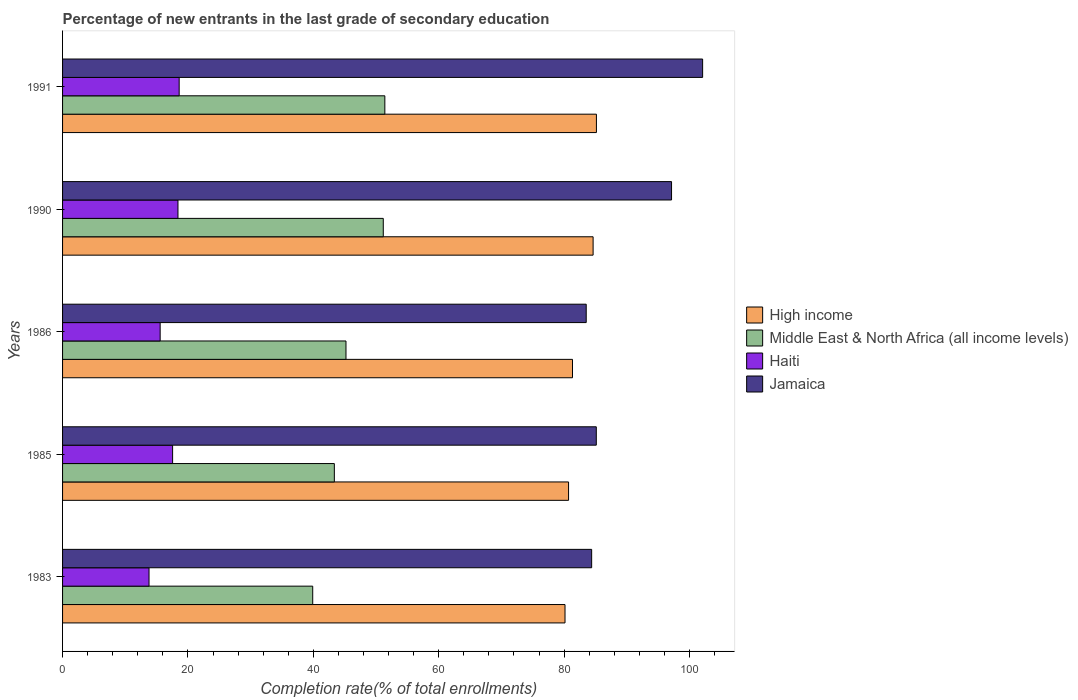
| Years | High income | Middle East & North Africa (all income levels) | Haiti | Jamaica |
 | --- | --- | --- | --- | --- |
 | 1983 | 80.1 | 39.9 | 13.8 | 84.4 |
 | 1985 | 80.7 | 43.4 | 17.6 | 85.1 |
 | 1986 | 81.3 | 45.2 | 15.6 | 83.5 |
 | 1990 | 84.6 | 51.2 | 18.4 | 97.1 |
 | 1991 | 85.2 | 51.4 | 18.6 | 102 |